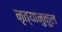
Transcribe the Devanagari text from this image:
नृत्यानुकुल